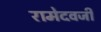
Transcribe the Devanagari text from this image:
रामेदवजी